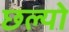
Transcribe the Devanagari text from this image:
छल्‍यो